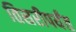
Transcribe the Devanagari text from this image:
तिसरीपर्यंत